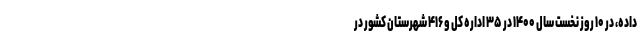
داده، در ۱۰ روز نخست سال ۱۴۰۰ در ۳۵ اداره کل و ۴۱۶ شهرستان کشور در